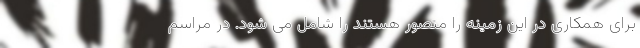
برای همکاری در این زمینه را متصور هستند را شامل می شود. در مراسم